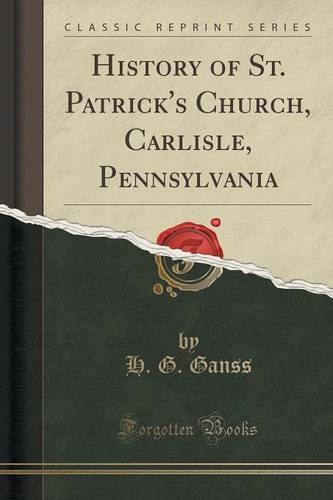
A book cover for History of St. Patrick's Church, Carlisle, Pennsylvania (Classic Reprint); H. G. Ganss; Biographies & Memoirs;